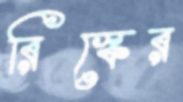
রিস্কের